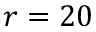
r = 2 0